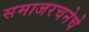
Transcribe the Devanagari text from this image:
समाजरचनेचे